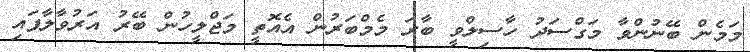
މަމެން ބޭނުންވާ މަގްސަދު ހާސިލްވީ ބާރަ މެމްބަރުން އެއޮތީ މަޖްލީހުން ބޭރު އަރުވާލާފައި